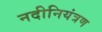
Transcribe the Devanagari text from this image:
नदीनियंत्रण